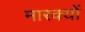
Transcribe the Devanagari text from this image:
मारक्यों